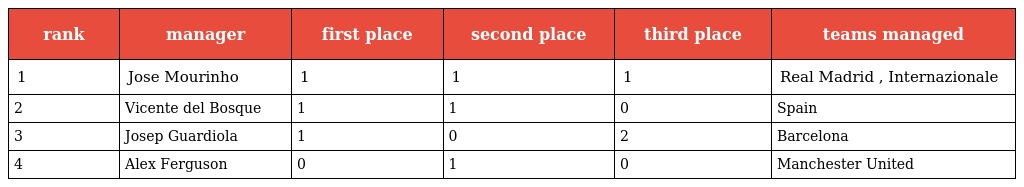
| rank | manager | first place | second place | third place | teams managed |
 | --- | --- | --- | --- | --- | --- |
 | 1 | Jose Mourinho | 1 | 1 | 1 | Real Madrid , Internazionale |
 | 2 | Vicente del Bosque | 1 | 1 | 0 | Spain |
 | 3 | Josep Guardiola | 1 | 0 | 2 | Barcelona |
 | 4 | Alex Ferguson | 0 | 1 | 0 | Manchester United |